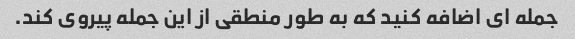
جمله ای اضافه کنید که به طور منطقی از این جمله پیروی کند.